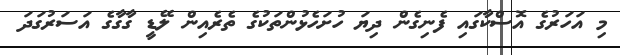
މި އަހަރުގެ އޮސްކާގައި ފެނިގެން ދިޔަ ހުށަހެޅުންތަކުގެ ތެރެއިން ލޭޑީ ގާގާގެ އަސަރުގަދަ